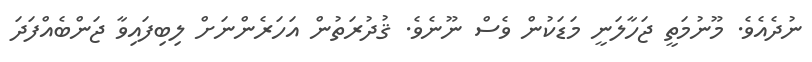
ނުދެއެވެ. މޫނުމަތީ ޖަހާލަނީ މަޑަކުން ވެސް ނޫނެވެ. ޤުދުރަތުން އަހަރެންނަށް ލިބިފައިވާ ޖަންބެއްފަދަ